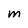
Character: M